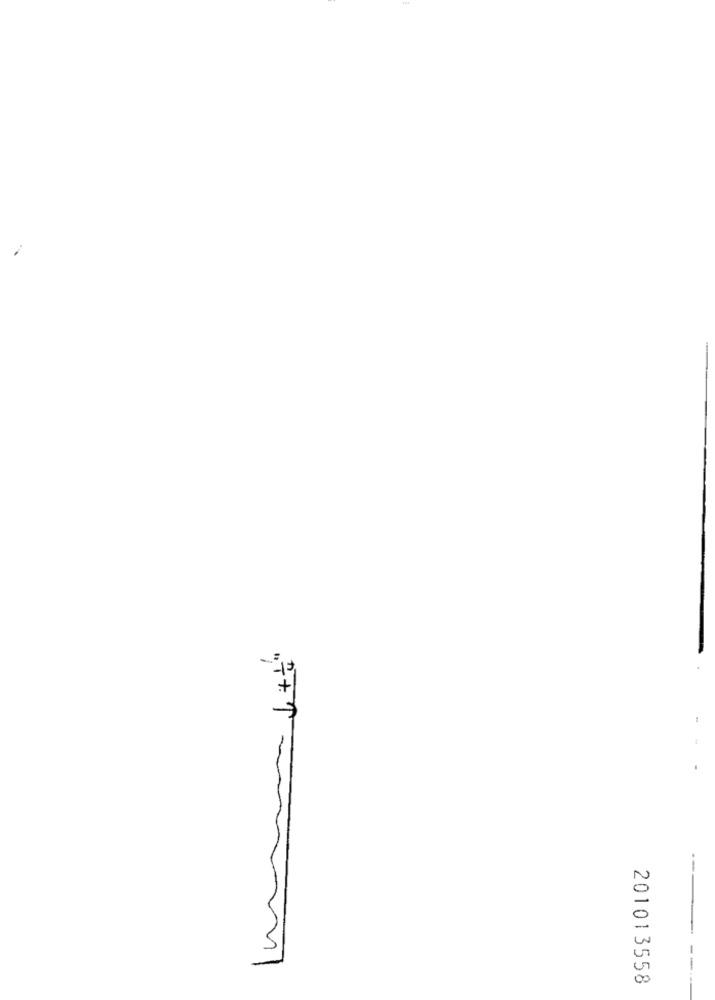
+
---
--.
201013558